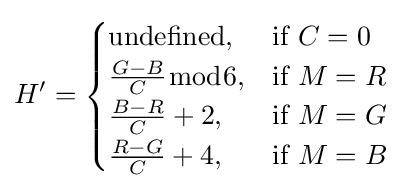
H'={\begin{cases}\mathrm {undefined} ,&{\text{if }}C=0\\{\frac {G-B}{C}}{\bmod {6}},&{\text{if }}M=R\\{\frac {B-R}{C}}+2,&{\text{if }}M=G\\{\frac {R-G}{C}}+4,&{\text{if }}M=B\end{cases}}